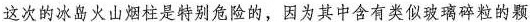
这次的冰岛火山烟柱是特别危险的，因为其中含有类似玻璃碎粒的颗